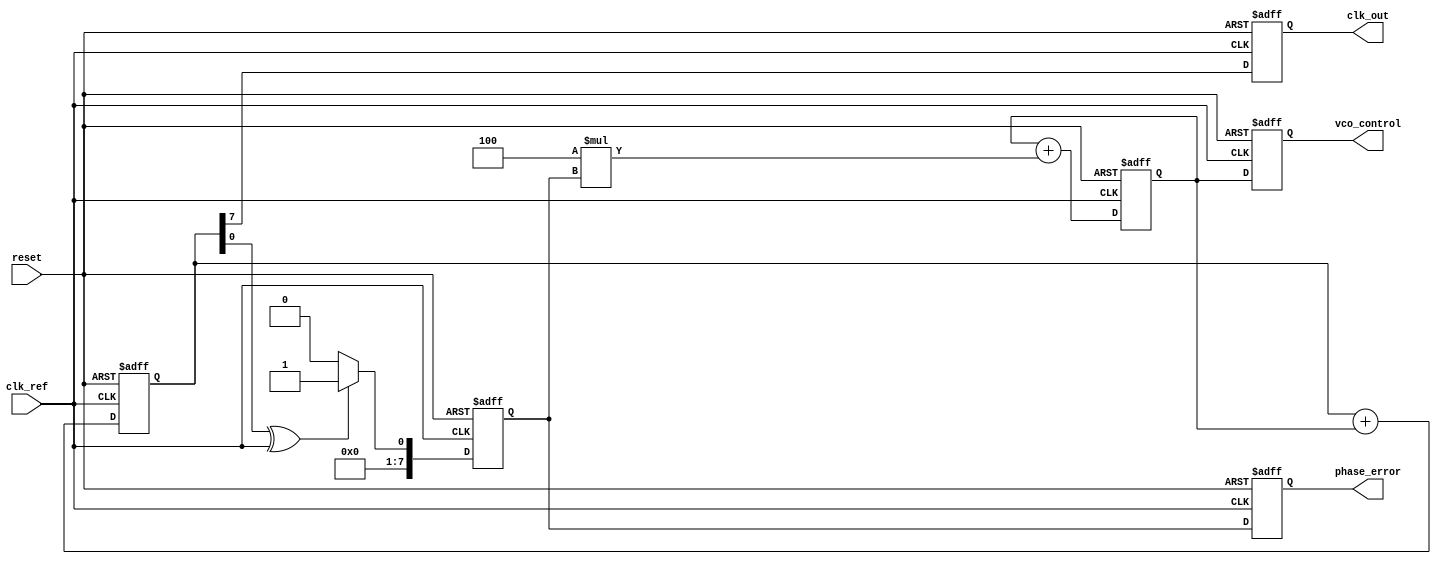
module dpll (
    input wire clk_ref,           // Reference clock
    input wire reset,             // Asynchronous reset
    output reg clk_out,           // Output clock from VCO
    output reg [7:0] phase_error, // Phase error signal
    output reg [7:0] vco_control   // Control signal to VCO
);

// Parameters
parameter N = 8; // Bit-width for phase error and control signals
parameter K = 4; // Loop filter gain

// Internal signals
reg [N-1:0] vco_count;           // VCO counter
reg [N-1:0] phase_det_output;    // Phase detector output
reg [N-1:0] loop_filter_output;   // Loop filter output
reg [N-1:0] memory_block;         // Memory block for calibration values

// Phase Detector
always @(posedge clk_ref or posedge reset) begin
    if (reset) begin
        phase_det_output <= 0;
    end else begin
        // Example phase comparison (simple XOR for demonstration)
        phase_det_output <= (vco_count[0] ^ clk_ref) ? 1 : 0; // Replace with actual phase comparison logic
    end
end

// Loop Filter (simple integrator)
always @(posedge clk_ref or posedge reset) begin
    if (reset) begin
        loop_filter_output <= 0;
    end else begin
        loop_filter_output <= loop_filter_output + (K * phase_det_output);
    end
end

// Voltage-Controlled Oscillator (VCO)
always @(posedge clk_ref or posedge reset) begin
    if (reset) begin
        vco_count <= 0;
        clk_out <= 0;
    end else begin
        vco_count <= vco_count + loop_filter_output[N-1:0]; // Adjust frequency based on loop filter output
        clk_out <= vco_count[N-1]; // Output clock signal
    end
end

// Memory Block (for calibration values)
always @(posedge clk_ref or posedge reset) begin
    if (reset) begin
        memory_block <= 0; // Initialize memory block
    end else begin
        // Example: Store phase error for future adjustments
        memory_block <= phase_det_output; // This can be modified based on specific requirements
    end
end

// Phase error output
always @(posedge clk_ref or posedge reset) begin
    if (reset) begin
        phase_error <= 0;
    end else begin
        phase_error <= phase_det_output; // Output phase error
    end
end

// VCO control signal output
always @(posedge clk_ref or posedge reset) begin
    if (reset) begin
        vco_control <= 0;
    end else begin
        vco_control <= loop_filter_output; // Control signal to VCO
    end
end

endmodule